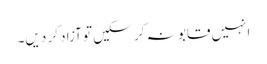
انہیں قابو نہ کر سکیں تو آزاد کر دیں۔